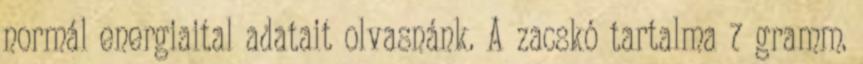
normál energiaital adatait olvasnánk. A zacskó tartalma 7 gramm.